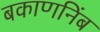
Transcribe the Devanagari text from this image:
बकाणनिंब